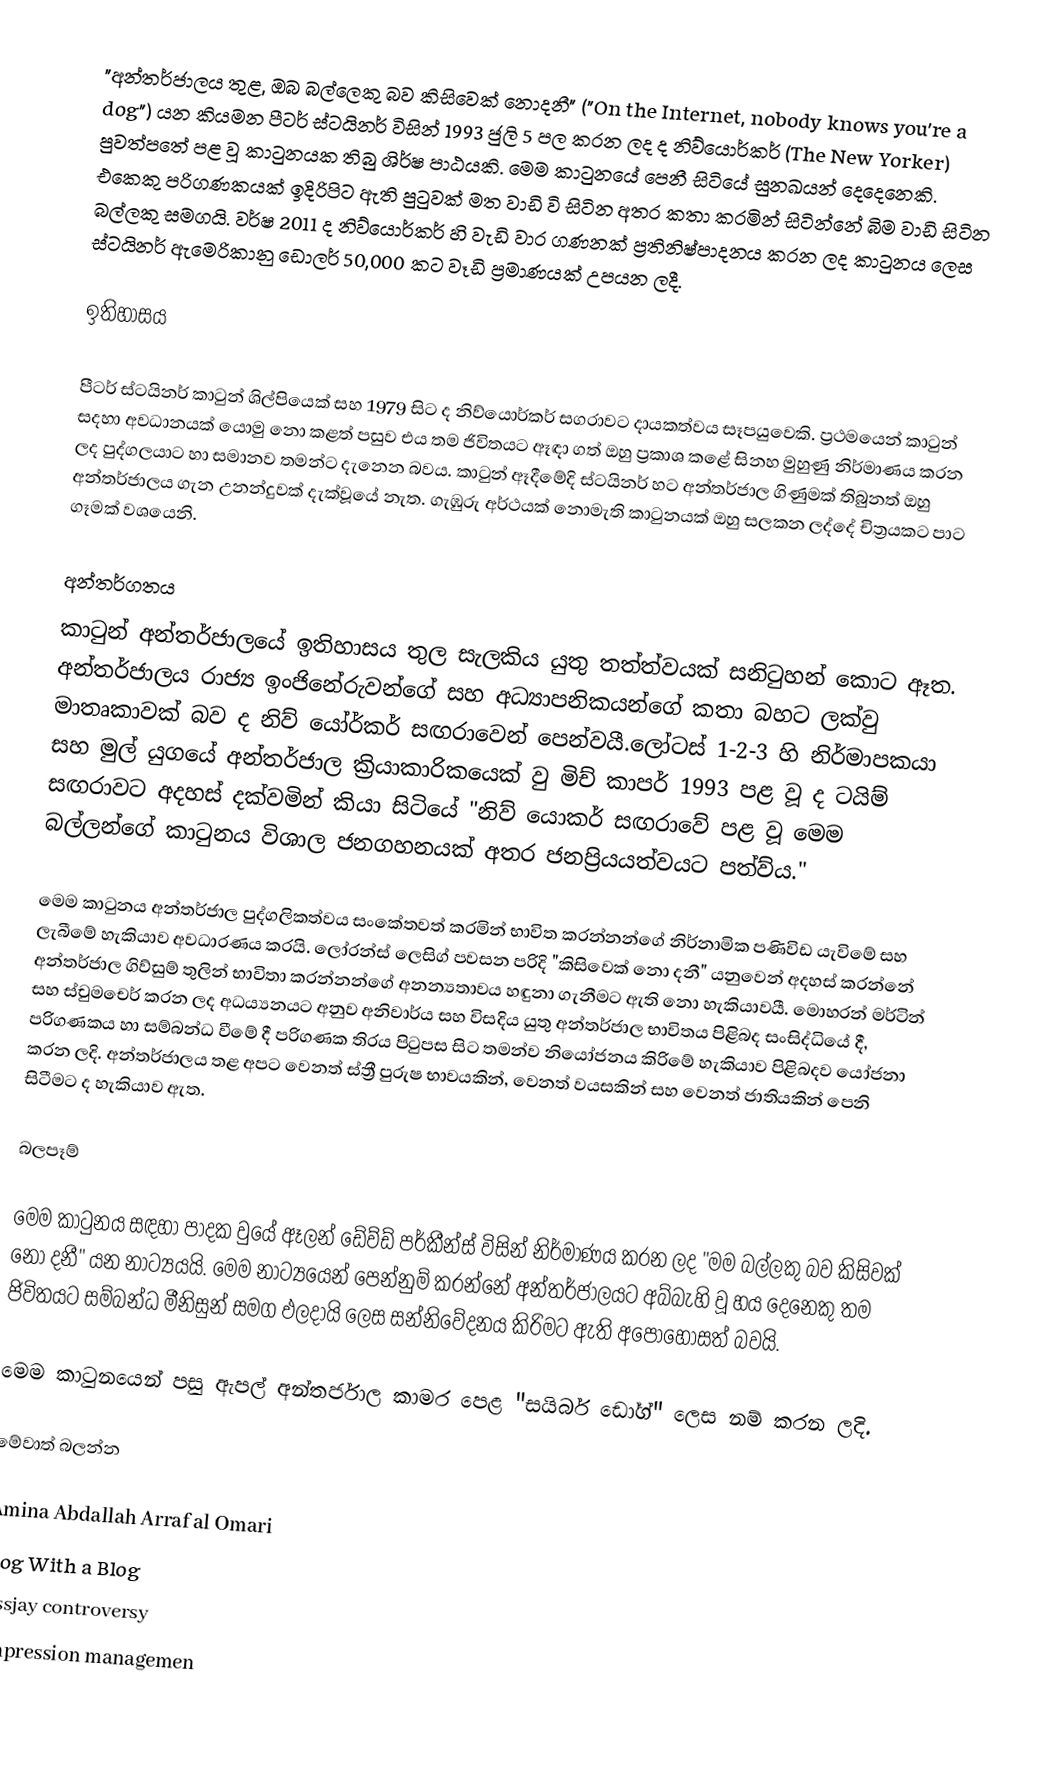
"අන්තර්ජාලය තුළ, ඔබ බල්ලෙකු බව කිසිවෙක් නොදනී" ("On the Internet, nobody knows you're a dog") යන කියමන පීටර් ස්ටයිනර් විසින් 1993 ජුලි 5 පල කරන ලද ද නිව්යොර්කර් (The New Yorker) පුවත්පතේ පළ වූ කාටුනයක තිබු ශිර්ෂ පාඨයකි.  මෙම කාටුනයේ පෙනී සිටියේ සුනඛයන් දෙදෙනෙකි. එකෙකු පරිගණකයක් ඉදිරිපිට ඇති පුටුවක් මත වාඩි වි සිටින අතර කතා කරමින් සිටින්නේ බිම වාඩි සිටින බල්ලකු සමගයි.    වර්ෂ 2011 ද නිව්යොර්කර් හි වැඩි වාර ගණනක් ප්‍රතිනිෂ්පාදනය කරන ලද කාටුනය ලෙස ස්ටයිනර් ඇමෙරිකානු ඩොලර් 50,000 කට වෑඩි ප්‍රමාණයක් උපයන ලදී.

ඉතිහාසය

පීටර් ස්ටයිනර් කාටුන් ශිල්පියෙක් සහ 1979 සිට ද නිව්යොර්කර් සගරාවට දායකත්වය සෑපයුවෙකි.   ප්‍රථමයෙන් කාටුන් සදහා අවධානයක් යොමු නො කළත් පසුව එය තම ජිවිතයට ඈඳා ගත් ඔහු ප්‍රකාශ කළේ  සිනහ මුහුණු නිර්මාණය කරන ලද පුද්ගලයාට හා සමානව තමන්ට දැනෙන බවය.  කාටුන් ඈදීමේදි ස්ටයිනර් හට අන්තර්ජාල ගිණුමක් තිබුනත් ඔහු අන්තර්ජාලය ගැන උනන්දුවක් දැක්වූයේ නැත. ගැඹුරු අර්ථයක් නොමැති කාටුනයක් ඔහු සලකන ලද්දේ චිත්‍රයකට පාට ගෑමක් වශයෙනි.

අන්තර්ගතය
කාටුන් අන්තර්ජාලයේ ඉතිහාසය තුල සැලකිය යුතු තත්ත්වයක් සනිටුහන් කොට ඈත. අන්තර්ජාලය රාජ්‍ය ඉංජිනේරුවන්ගේ සහ අධ්‍යාපනිකයන්ගේ කතා බහට ලක්වු මාතෘකාවක් බව ද නිව් යෝර්කර් සඟරාවෙන් පෙන්වයී.ලෝටස් 1-2-3 හි නිර්මාපකයා සහ මුල් යුගයේ අන්තර්ජාල ක්‍රියාකාරිකයෙක් වු මිච් කාපර් 1993 පළ වූ ද ටයිම් සඟරාවට අදහස් දක්වමින් කියා සිටියේ "නිව් යොකර් සඟරාවේ පළ වූ මෙම බල්ලන්ගේ කාටුනය විශාල ජනගහනයක් අතර ජනප්‍රියයත්වයට පත්ව්ය."

මෙම කාටුනය අන්තර්ජාල පුද්ගලිකත්වය සංකේතවත් කරමින් භාවිත කරන්නන්ගේ නිර්නාමික පණිවිඩ යැවිමේ සහ ලැබීමේ හැකියාව අවධාරණය කරයි.   ලෝරන්ස් ලෙසිග් පවසන පරිදි "කිසිවෙක් නො දනී" යනුවෙන් අදහස් කරන්නේ අන්තර්ජාල ගිව්සුම් තුලින් භාවිතා කරන්නන්ගේ අනන්‍යතාවය හඳුනා ගැනීමට ඇති නො හැකියාවයී.  මොහරන් මර්ටින් සහ ස්චුමචෙර් කරන ලද අධ‍ය්‍යනයට අනුව අනිවාර්ය සහ විසදිය යුතු අන්තර්ජාල භාවිතය පිළිබද සංසිද්ධියේ දී, පරිගණකය හා සම්බන්ධ වීමේ දී පරිගණක තිරය පිටුපස සිට තමන්ව නියෝජනය කිරිමේ හැකියාව පිළිබදව යෝජනා කරන ලදි. අන්තර්ජාලය තළ අපට වෙනත් ස්ත්‍රී පුරුෂ භාවයකින්, වෙනත් වයසකින් සහ වෙනත් ජාතියකින් පෙනි සිටීමට ද හැකියාව ඇත.

බලපෑම්

මෙම කාටුනය සඳහා පාදක වුයේ ඈලන් ඩේව්ඩ් පර්කීන්ස් විසින් නිර්මාණය කරන ලද "මම බල්ලකු බව කිසිවක් නො දනී" යන නාට්‍යයයි. මෙම නාට්‍යයෙන් පෙන්නුම් කරන්නේ අන්තර්ජාලයට අබ්බැහි වූ හය දෙනෙකු තම ජිවිතයට සම්බන්ධ මීනිසුන් සමග ඵලදායි ලෙස සන්නිවේදනය කිරිමට ඇති අපොහොසත් බවයි.

මෙම කාටුනයෙන් පසු ඇපල් අන්තර්ජාල කාමර පෙළ "සයිබර් ඩෝග්" ලෙස නම් කරන ලදි.

මේවාත් බලන්න

 Amina Abdallah Arraf al Omari
 Dog With a Blog
 Essjay controversy
 Impression managemen